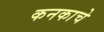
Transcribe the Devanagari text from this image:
कनकाचे